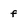
Character: f